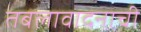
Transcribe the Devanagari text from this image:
तबलावादनाची